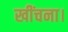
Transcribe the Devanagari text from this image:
खींचना।